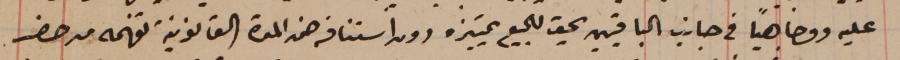
عليه ووجاهياً فى جانب الباقيين يحق للجميع تمييزه دون استنافه ضمن المدة القانونية تفهمه من حضر